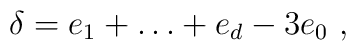
\delta = e_1+\dots +e_{d} - 3 e_0\ ,